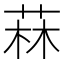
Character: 菻